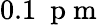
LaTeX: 0.1~\mathrm{~p~m~}